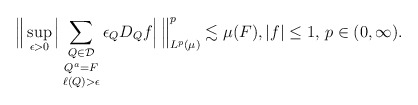
\begin{align*}\Big\| \sup_{\epsilon > 0} \Big| \mathop{\mathop{\sum_{Q \in \mathcal{D}}}_{Q^a = F}}_{\ell(Q) > \epsilon} \epsilon_Q D_Q f \Big|\, \Big\|_{L^p(\mu)}^p \lesssim \mu(F), |f| \le 1,\, p \in (0, \infty).\end{align*}